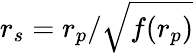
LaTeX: r_{s}=r_{p}/\sqrt{f(r_{p})}